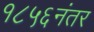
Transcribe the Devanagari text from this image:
१८५६नंतर